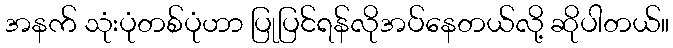
အနက် သုံးပုံတစ်ပုံဟာ ပြုပြင်ရန်လိုအပ်နေတယ်လို့ ဆိုပါတယ်။